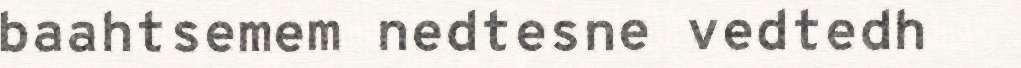
baahtsemem nedtesne vedtedh